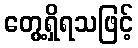
တွေ့ရှိရသဖြင့်